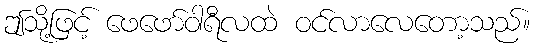
ဤသို့ဖြင့် ဖေဖော်ဝါရီလထဲ ဝင်လာလေတော့သည်။